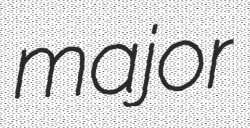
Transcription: major